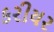
કરીયર